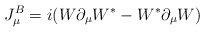
\begin{align*}J^B_\mu=i(W\partial_\mu W^*-W^*\partial_\mu W)\end{align*}